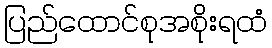
ပြည်ထောင်စုအစိုးရထံ